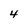
Character: 4